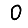
Digit: 0